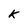
Character: K